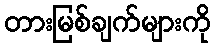
တားမြစ်ချက်များကို